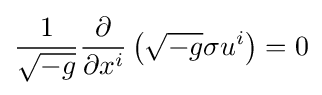
{\frac {1}{\sqrt {-g}}}{\frac {\partial }{\partial x^{i}}}\left({\sqrt {-g}}\sigma u^{i}\right)=0